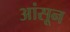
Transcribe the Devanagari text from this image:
आंसून